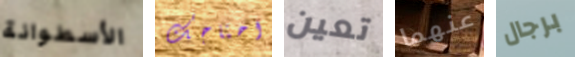
الأسطوانة احتاجك تعين عنهما برجال